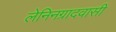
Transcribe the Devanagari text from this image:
लेनिनग्रादवासी